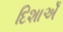
દિશાએઁ